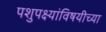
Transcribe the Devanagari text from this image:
पशुपक्ष्यांविषयीच्या